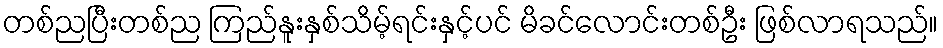
တစ်ညပြီးတစ်ည ကြည်နူးနှစ်သိမ့်ရင်းနှင့်ပင် မိခင်လောင်းတစ်ဦး ဖြစ်လာရသည်။